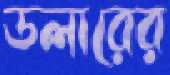
ডলারের